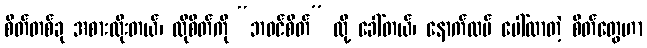
စိတ်တစ်ခု အစားထိုးတယ်၊ ထိုစိတ်ကို “ဘဝင်စိတ်” လို့ ခေါ်တယ်၊ နောက်ထပ် ပေါ်လာတဲ့ စိတ်တွေဟာ